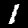
Label: 1